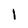
Character: I